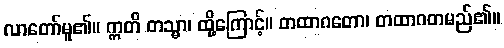
လာတော်မူ၏။ ဣတိ တသ္မာ၊ ထို့ကြောင့်။ တထာဂတော၊ တထာဂတမည်၏။